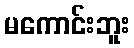
မကောင်းဘူး